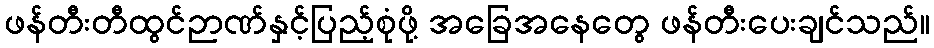
ဖန်တီးတီထွင်ဉာဏ်နှင့်ပြည့်စုံဖို့ အခြေအနေတွေ ဖန်တီးပေးချင်သည်။